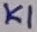
Text: K1